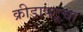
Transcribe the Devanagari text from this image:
क्रीडापटूचा